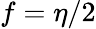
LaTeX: f=\eta/2